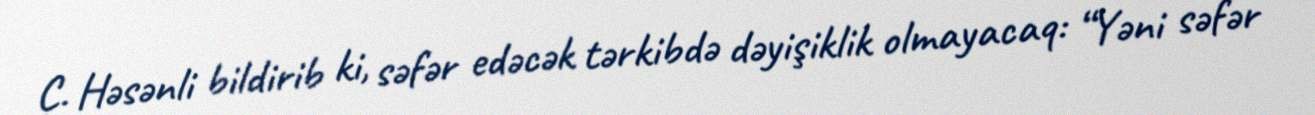
C. Həsənli bildirib ki, səfər edəcək tərkibdə dəyişiklik olmayacaq: “Yəni səfər